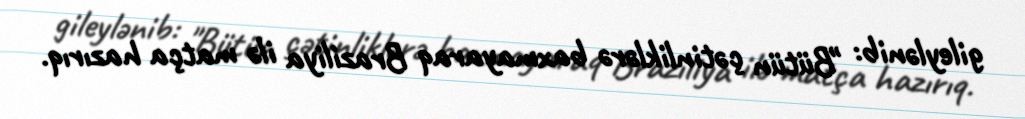
gileylənib: "Bütün çətinliklərə baxmayaraq Braziliya ilə matça hazırıq.